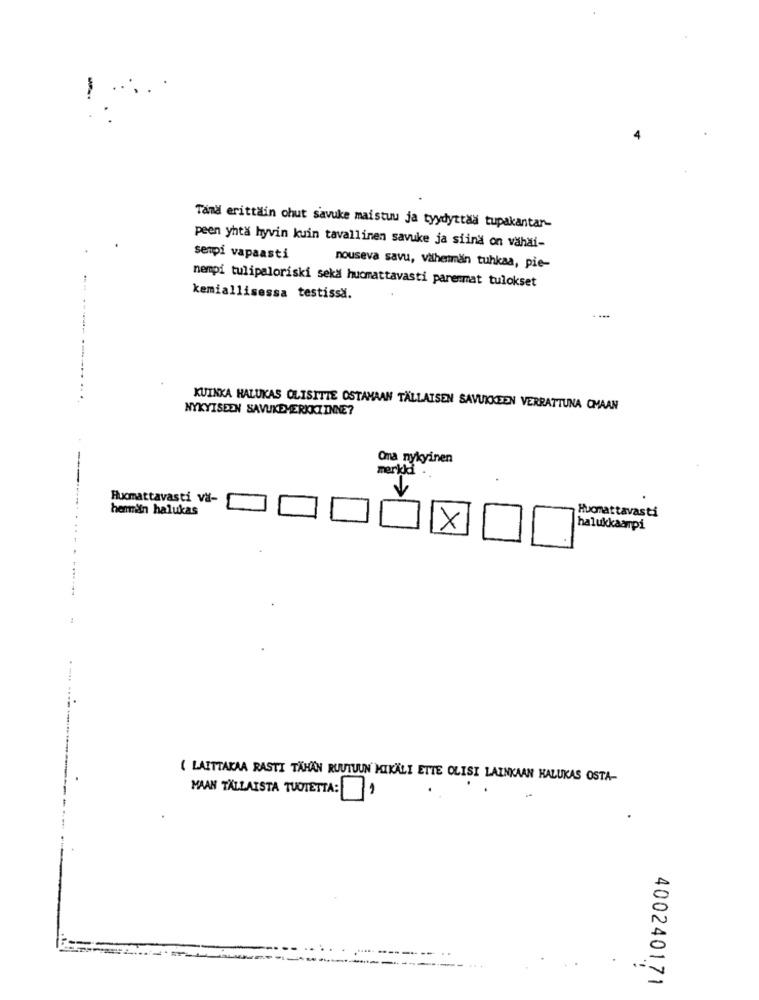
-
Tand erittain chut savuke maistuu ja tyydyttaa tupakantar-
peen yhtä hyvin kuin tavallinen savuke ja siind on vahai-
senpi vapaasti
nouseva savu, vähenman tuhkaa, pie-
nempi tulipaloriski sekä hucmattavasti parenmat tulokset
kemiallisessa testissä.
....
NYKYISEEN SAVUKEMERKKIINNE?
KUINKA HALUKAS OLISITTE OSTAMAAN TÄLLATSEN SAVUKKEEN VERRATTUNA CMAAN
-
Oma nykyinen
merkdi .
Rucmattavasti va-
herman halukas
Huomattavasti
X
halukkaarpi
( LAITTAKAA RASTI TÄHÄN RUUTUUN MIKÄLI ETTE OLISI LAINKAAN HALUKAS OSTA-
MAAN TALLAISTA TUOTETTA: 1
400240171